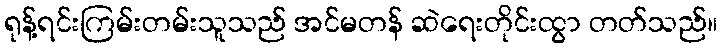
ရုန့်ရင်းကြမ်းတမ်းသူသည် အင်မတန် ဆဲရေးတိုင်းထွာ တတ်သည်။